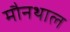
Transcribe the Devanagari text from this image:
मौनथाल